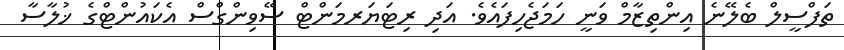
ތަފްސީލް ބެލޭނެ އިންތިޒާމް ވަނީ ހަމަޖެހިފައެވެ. އަދި ރިޓަޔަރމަންޓް ސޭވިންގްސް އެކައުންޓްގެ ޚުލާސާ